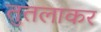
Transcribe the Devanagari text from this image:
तुतलाकर